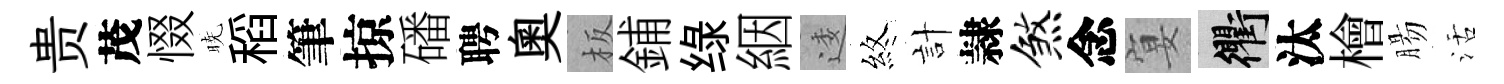
贵茂惙暁稻筆掠磻聘奥板鋪绿絪逶煞計隷煞念宴衢汰檜腸活